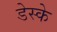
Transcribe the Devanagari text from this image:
डेस्के